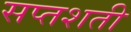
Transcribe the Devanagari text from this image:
सप्‍तशती